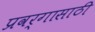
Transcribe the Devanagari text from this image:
प्रवर्गासाठी